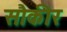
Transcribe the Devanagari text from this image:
सौकीर